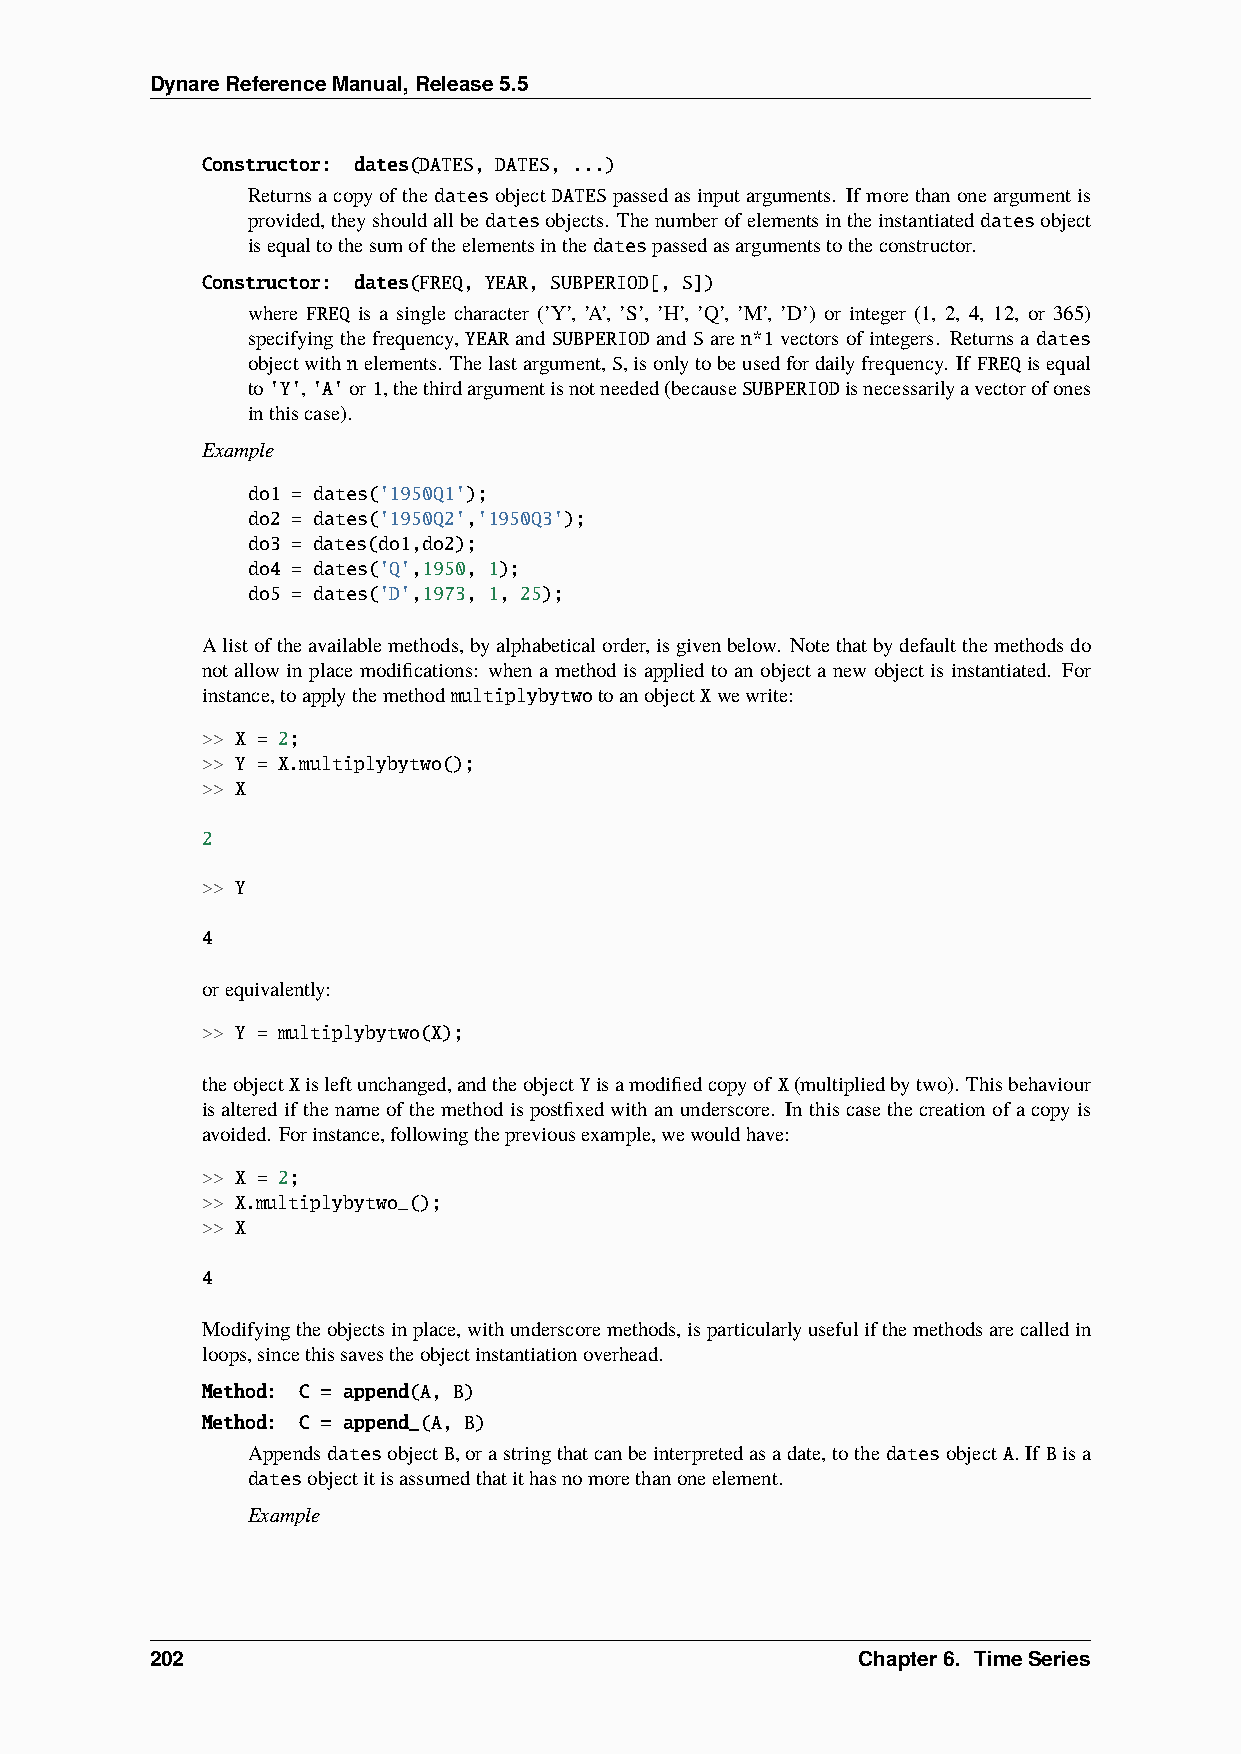
DynareReferenceManual,Release5.5
 Constructor: dates(DATES, DATES, ...)
 Returnsacopyofthedatesobject DATESpassedasinputarguments. Ifmorethanoneargumentis
 provided,theyshouldallbedatesobjects. Thenumberofelementsintheinstantiateddatesobject
 isequaltothesumoftheelementsinthedatespassedasargumentstotheconstructor.
 Constructor: dates(FREQ, YEAR, SUBPERIOD[, S])
 where FREQ is a single character (’Y’, ’A’, ’S’, ’H’, ’Q’, ’M’, ’D’) or integer (1, 2, 4, 12, or 365)
 specifyingthefrequency, YEARand SUBPERIODand Sare n*1vectorsofintegers. Returnsa dates
 objectwithnelements. Thelastargument,S,isonlytobeusedfordailyfrequency. If FREQisequal
 to'Y','A'or1,thethirdargumentisnotneeded(becauseSUBPERIODisnecessarilyavectorofones
 inthiscase).
 Example
 do1 = dates('1950Q1');
 do2 = dates('1950Q2','1950Q3');
 do3 = dates(do1,do2);
 do4 = dates('Q',1950, 1);
 do5 = dates('D',1973, 1, 25);
 Alistoftheavailablemethods,byalphabeticalorder,isgivenbelow. Notethatbydefaultthemethodsdo
 not allow in place modifications: when a method is applied to an object a new object is instantiated. For
 instance,toapplythemethodmultiplybytwotoanobjectXwewrite:
 >> X = 2;
 >> Y = X.multiplybytwo();
 >> X
 2
 >> Y
 4
 orequivalently:
 >> Y = multiplybytwo(X);
 theobjectXisleftunchanged,andtheobjectYisamodifiedcopyof X(multipliedbytwo). Thisbehaviour
 isalteredifthenameofthemethodispostfixedwithanunderscore. Inthiscasethecreationofacopyis
 avoided. Forinstance,followingthepreviousexample,wewouldhave:
 >> X = 2;
 >> X.multiplybytwo_();
 >> X
 4
 Modifyingtheobjectsinplace,withunderscoremethods,isparticularlyusefulifthemethodsarecalledin
 loops,sincethissavestheobjectinstantiationoverhead.
 Method: C = append(A, B)
 Method: C = append_(A, B)
 AppendsdatesobjectB,orastringthatcanbeinterpretedasadate,tothedatesobjectA.If Bisa
 datesobjectitisassumedthatithasnomorethanoneelement.
 Example
 202                                            Chapter6. TimeSeries